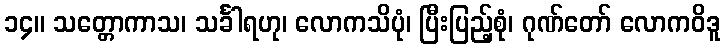
၁၄။ သတ္တောကာသ၊ သင်္ခါရဟု၊ လောကသိပုံ၊ ပြီးပြည့်စုံ၊ ဂုဏ်တော် လောကဝိဒူ